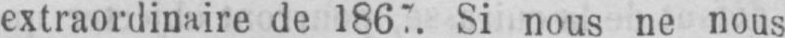
Si nous ne nous